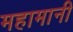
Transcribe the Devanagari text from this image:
महामानी